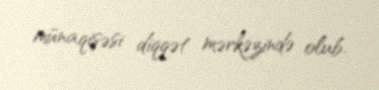
münaqişəsi diqqət mərkəzində olub.